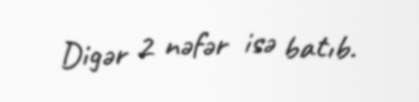
Digər 2 nəfər isə batıb.